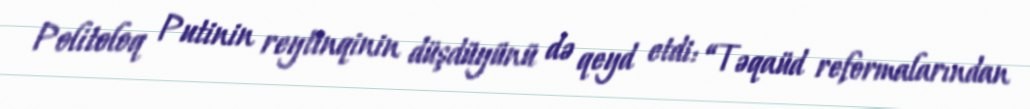
Politoloq Putinin reytinqinin düşdüyünü də qeyd etdi: “Təqaüd reformalarından